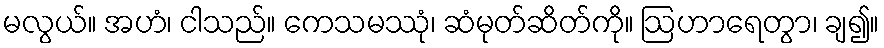
မလွယ်။ အဟံ၊ ငါသည်။ ကေသမဿုံ၊ ဆံမုတ်ဆိတ်ကို။ ဩဟာရေတွာ၊ ချ၍။